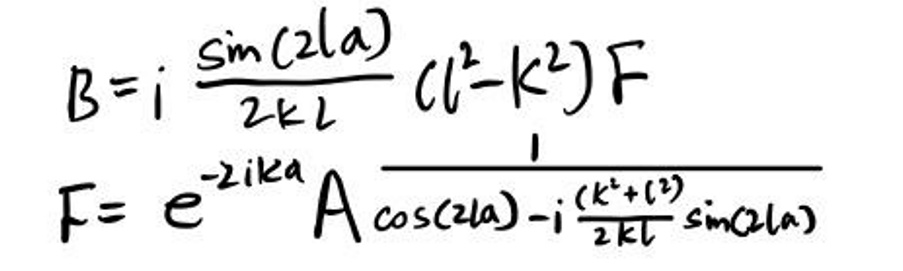
\begin{align*}
B &= i\frac{\sin(2ka)}{2kL}(l^{2}-k^{2})F\\
F &= e^{-2ika}\frac{1}{A\cos(2ka)-i\frac{(k^{2}+l^{2})}{2kL}\sin(2ka)}
\end{align*}